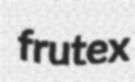
frutex